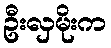
ဦးလှမိုးက